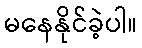
မနေနိုင်ခဲ့ပါ။